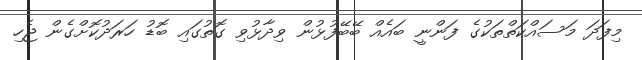
މިފަދަ މަސައްކަތްތަކުގެ ފަންނީ ބައެއް ބޭބޭފުޅުން ވިދާޅުވި ގޮތުގައި ބޮޑު ހަރަދުކޮށްގެން ޖެހި